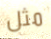
مثل